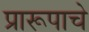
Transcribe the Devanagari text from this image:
प्रारूपाचे